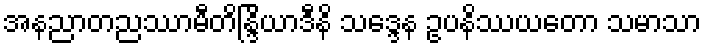
အနညာတညဿာမီတိန္ဒြိယာဒီနိ သဒ္ဒေန ဥပနိဿယတော သမာသာ